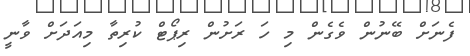
ފެނަށް ބޭނުން ވެގެން މި ހަ ރަށުން ރިޕޯޓް ކުރިތާ މިއަދަށް ވާނީ